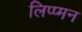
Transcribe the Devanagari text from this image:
लिप्प्मन